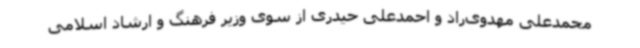
محمدعلی مهدوی‌راد و احمدعلی‌ حیدری از سوی وزیر فرهنگ و ارشاد اسلامی